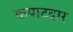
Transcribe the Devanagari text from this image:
कपाटदार